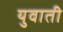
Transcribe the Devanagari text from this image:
युवाती